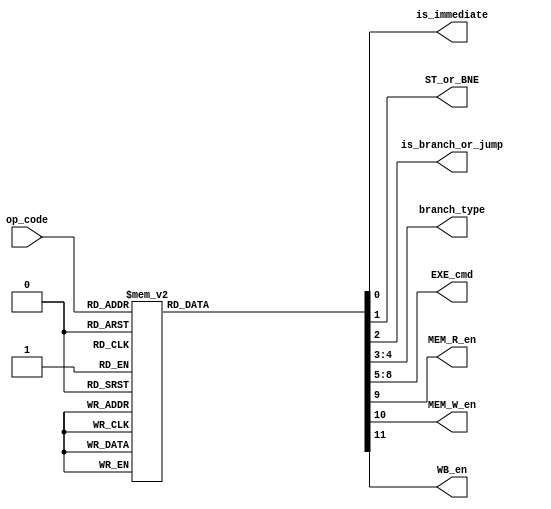
module Control_unit (
    input [5:0] op_code,
    output reg is_immediate,
    output reg ST_or_BNE,
    output reg is_branch_or_jump,
    output reg [1:0] branch_type,
    output reg [3:0] EXE_cmd,
    output reg MEM_R_en, MEM_W_en, WB_en
);
    parameter [5:0] NOP = 0, ADD = 1, SUB = 3, AND = 5, OR = 6, NOR = 7, XOR = 8, SLA = 9, SLL = 10, SRA = 11, SRL = 12, ADDI = 32, SUBI = 33, LD = 36, ST = 37, BEZ = 40, BNE = 41, JMP = 42;
    parameter [3:0] ALU_ADD = 0, ALU_SUB = 2, ALU_AND = 4, ALU_OR = 5, ALU_NOR = 6, ALU_XOR = 7, ALU_LEFT = 8, ALU_SRIGHT = 9, ALU_RIGHT = 10;
    parameter [1:0] BR_TYPE_BEZ = 0, BR_TYPE_BNE = 1, BR_TYPE_JMP = 2;
    always @(*) begin
        {is_immediate, ST_or_BNE, is_branch_or_jump, branch_type, EXE_cmd, MEM_R_en, MEM_W_en, WB_en} = 0;
        case (op_code)
            NOP: ;
            ADD: begin WB_en = 1; EXE_cmd = ALU_ADD; end
            SUB: begin WB_en = 1; EXE_cmd = ALU_SUB; end
            AND: begin WB_en = 1; EXE_cmd= ALU_AND; end
            OR: begin WB_en = 1; EXE_cmd = ALU_OR; end
            NOR: begin WB_en = 1; EXE_cmd = ALU_NOR; end
            XOR: begin WB_en = 1; EXE_cmd = ALU_XOR; end
            SLA: begin WB_en = 1; EXE_cmd = ALU_LEFT; end
            SLL: begin WB_en = 1; EXE_cmd = ALU_LEFT; end
            SRA: begin WB_en = 1; EXE_cmd = ALU_SRIGHT; end
            SRL: begin WB_en = 1; EXE_cmd = ALU_RIGHT; end
            ADDI: begin WB_en = 1; EXE_cmd = ALU_ADD; is_immediate = 1; end
            SUBI: begin WB_en = 1; EXE_cmd = ALU_SUB; is_immediate = 1; end
            LD: begin WB_en = 1; EXE_cmd = ALU_ADD; is_immediate = 1; MEM_R_en = 1; end
            ST: begin EXE_cmd = ALU_ADD; is_immediate = 1; ST_or_BNE = 1; MEM_W_en = 1; end
            BEZ: begin is_immediate = 1; is_branch_or_jump = 1; branch_type = BR_TYPE_BEZ; end
            BNE: begin is_immediate = 1; ST_or_BNE = 1; is_branch_or_jump = 1; branch_type = BR_TYPE_BNE; end
            JMP: begin is_immediate = 1; is_branch_or_jump = 1; branch_type = BR_TYPE_JMP; end
            default : ;
        endcase
    end
endmodule